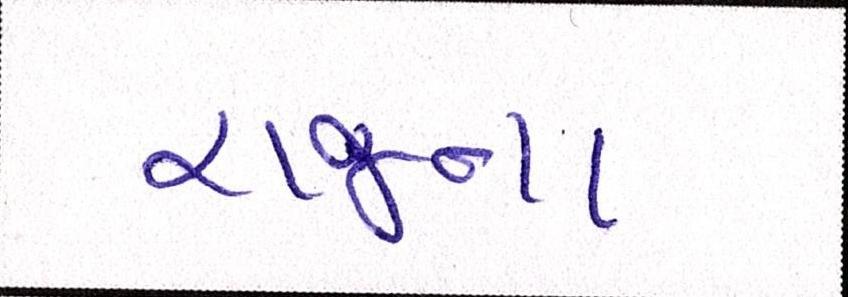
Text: રાજના